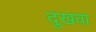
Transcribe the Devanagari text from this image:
दुखवा